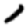
Digit: 1